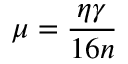
\mu = \frac { \eta \gamma } { 1 6 n }